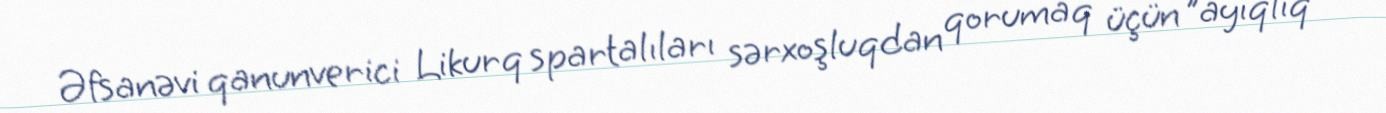
Əfsanəvi qanunverici Likurq spartalıları sərxoşluqdan qorumaq üçün "ayıqlıq